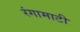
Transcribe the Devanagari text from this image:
रंगामाटी